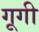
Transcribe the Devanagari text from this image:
गूगी